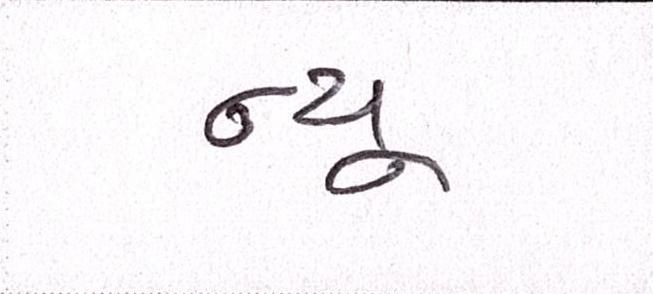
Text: ન્યૂ